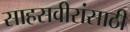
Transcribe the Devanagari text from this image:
साहसवीरांसाठी